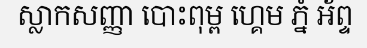
ស្លាកសញ្ញា បោះពុម្ព ហ្គេម ភ្នំ អ័ព្ទ